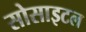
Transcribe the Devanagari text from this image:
सोसाइटल